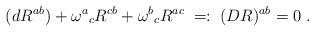
LaTeX: \begin{align*}(dR^{ab})+\omega ^{a}{}_{c}R^{cb}+\omega ^{b}{}_{c}R^{ac}\; =:\; (DR)^{ab}=0\; .\end{align*}